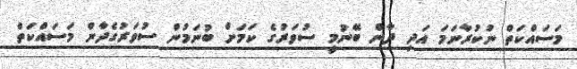
މަސައްކަތް ނުކުރާނަމަ އަދި ދާން ބޭނުމީ ސުވަރުގެ ކަމަށް ބުނަމުން ސުވަރުގެދާން މަސައްކަތް